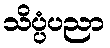
သိပ္ပံပညာ